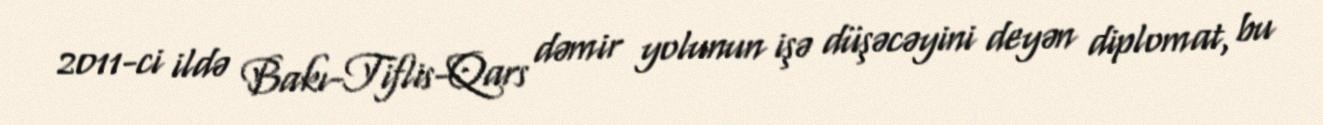
2011-ci ildə Bakı-Tiflis-Qars dəmir yolunun işə düşəcəyini deyən diplomat, bu